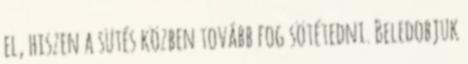
el, hiszen a sütés közben tovább fog sötétedni. Beledobjuk